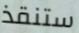
ستنقذ